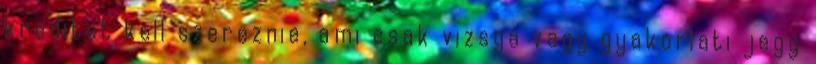
kreditet kell szereznie, ami csak vizsga vagy gyakorlati jegy